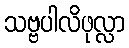
သဗ္ဗပါလိဖုလ္လာ